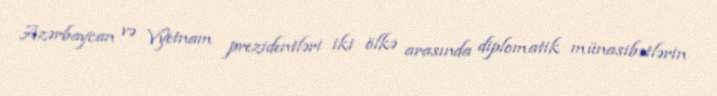
Azərbaycan və Vyetnam prezidentləri iki ölkə arasında diplomatik münasibətlərin